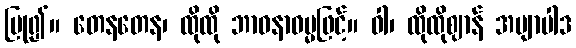
ပြု၍။ တေနတေန၊ ထိုထို ဘာဝနာဓမ္မဖြင့်။ ဝါ၊ ထိုထိုဈာန် အဗျာပါဒ